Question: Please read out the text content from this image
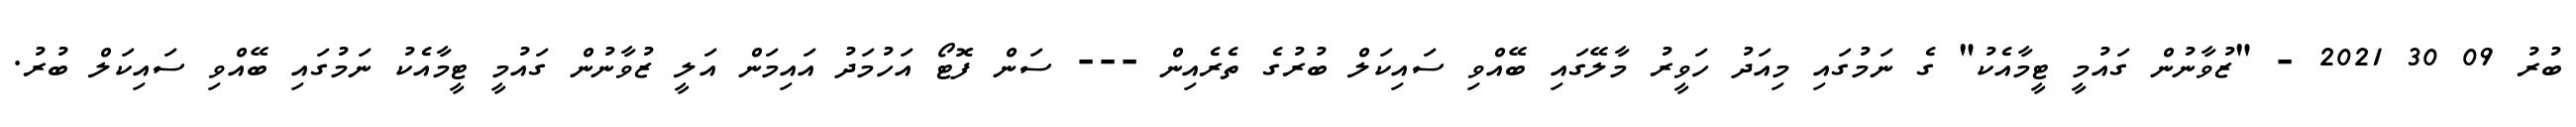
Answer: ބުރު 09 30 2021 - "ޒުވާނުން ގައުމީ ޓީމާއެކު" ގެ ނަމުގައި މިއަދު ހަވީރު މާލޭގައި ބޭއްވި ސައިކަލް ބުރުގެ ތެރެއިން --- ސަން ފޮޓޯ އަހުމަދު އައިމަން އަލީ ޒުވާނުން ގައުމީ ޓީމާއެކު ނަމުގައި ބޭއްވި ސައިކަލް ބުރު.